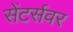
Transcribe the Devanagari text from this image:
सेंटर्सवर